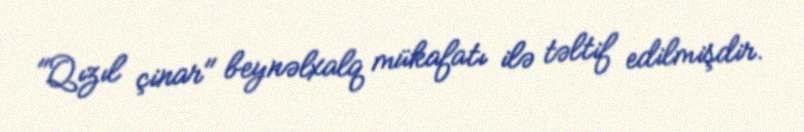
"Qızıl çinar" beynəlxalq mükafatı ilə təltif edilmişdir.